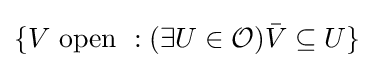
\{V{\text{ open }}:(\exists {U\in {\mathcal {O}}}){\bar {V}}\subseteq U\}